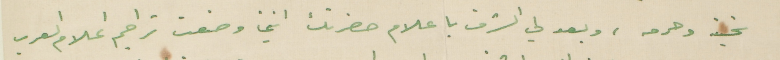
تحية وحرمه، وبعد لي الشرف باعلام حضرتك انني وضعت تراجم اعلام العرب